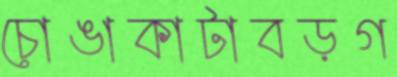
চোঙাকাটাবড়গ